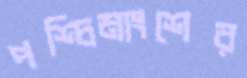
পশ্চিমাংশের